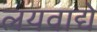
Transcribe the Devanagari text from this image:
लयवाद्ये